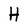
Character: H